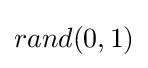
rand(0,1)